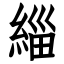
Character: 緇